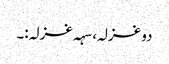
دو غزلہ، سہہ غزلہ:۔